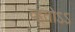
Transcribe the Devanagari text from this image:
व्हतोऽऽ